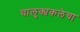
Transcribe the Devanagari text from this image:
चालुक्यकलेचा